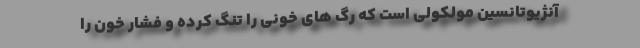
آنژیوتانسین مولکولی است که رگ های خونی را تنگ کرده و فشار خون را